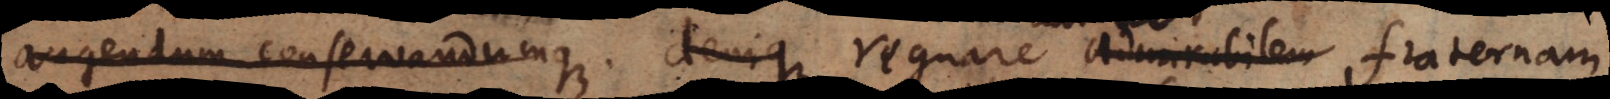
conservandumque; denique regnare admirabilem consensum